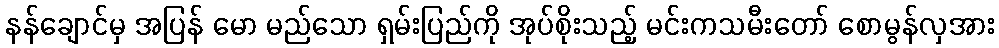
နန်ချောင်မှ အပြန် မော မည်သော ရှမ်းပြည်ကို အုပ်စိုးသည့် မင်းကသမီးတော် စောမွန်လှအား